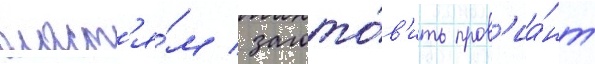
власт'я́м / загото́в'ить пров'иа́нт